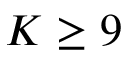
K \ge 9